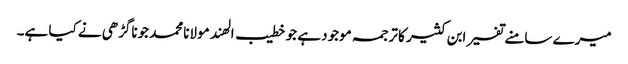
میرے سامنے تفسیر ابن کثیر کا ترجمہ موجود ہے جو خطیب الھند مولانامحمد جوناگڑھی نے کیا ہے۔